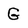
Character: G